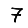
Digit: 7